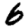
Digit: 6